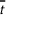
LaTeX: \overline { { t } }